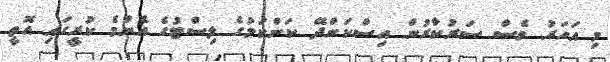
މި އަހަރު ވެސް ސަރުކާރުން އިސްކަންދޭ ކަންކަމުގެ ލިސްޓުގެ އެންމެ ކުރީގައި އޮތީ